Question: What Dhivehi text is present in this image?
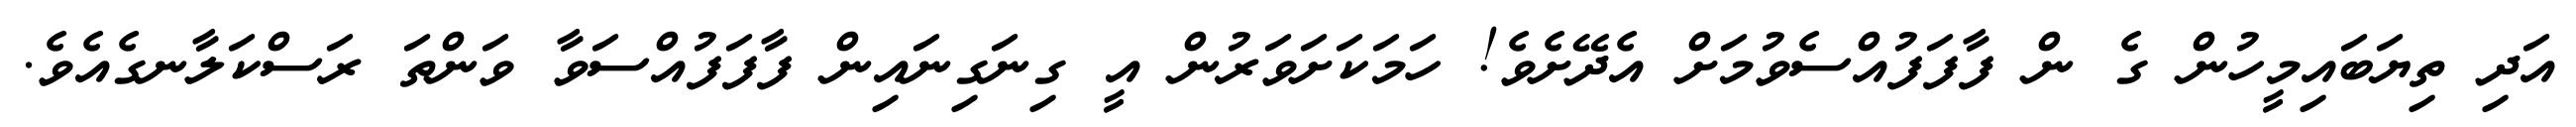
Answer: އަދި ތިޔަބައިމީހުން ގެ ން ފާފަފުއްސެވުމަށް އެދޭށެވެ! ހަމަކަށަވަރުން އީ ގިނަގިނައިން ފާފަފުއްސަވާ ވަންތަ ރަސްކަލާނގެއެވެ.